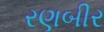
રણબીર